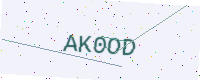
Text: AK0OD